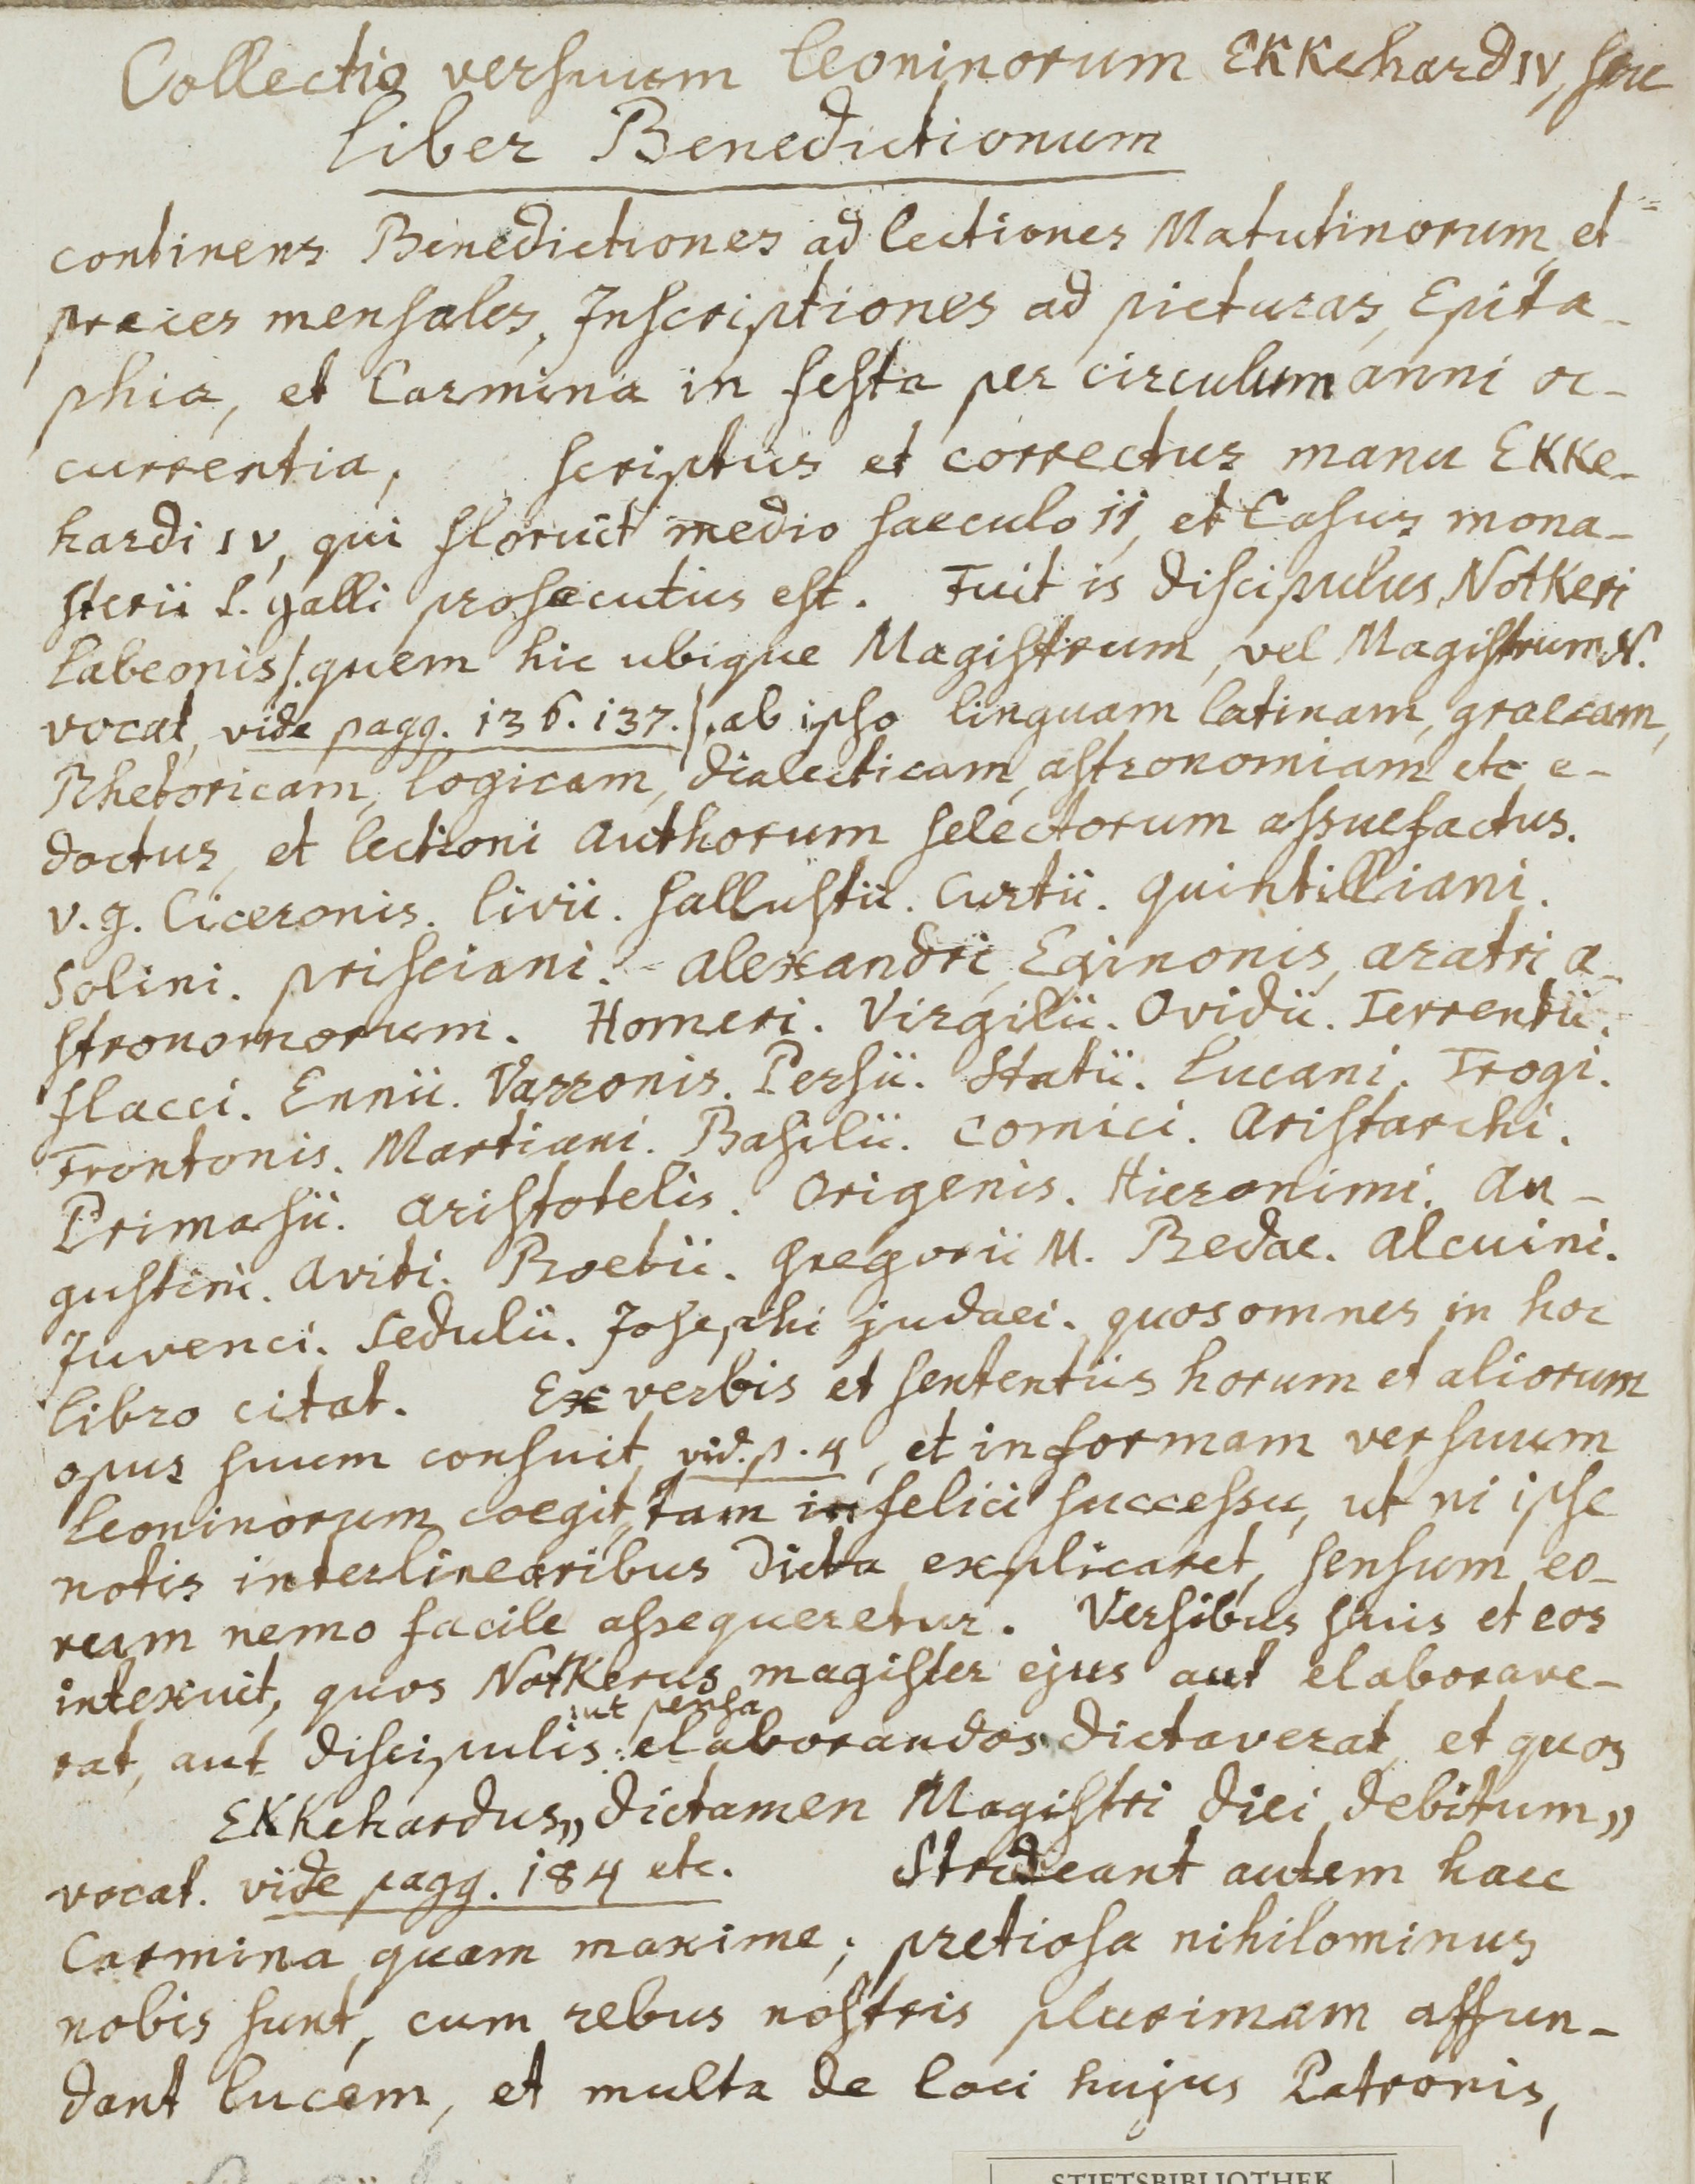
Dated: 1000–1099